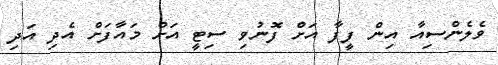
ވެލެންސިއާ އިން ފީފާ އަށް ފޮނުވި ސިޓީ އަށް މައާފަށް އެދި އަދި